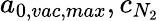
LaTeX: a_{0,vac,max},c_{N_{2}}